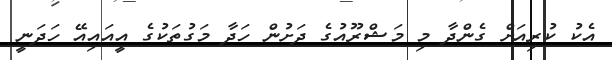
އެކު ކުރިއަށް ގެންދާ މި މަޝްރޫއުގެ ދަށުން ހަދާ މަގުތަކުގެ އީއައިއޭ ހަދަނީ